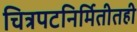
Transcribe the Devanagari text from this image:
चित्रपटनिर्मितीतही